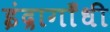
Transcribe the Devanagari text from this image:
इंद्रागाँधी